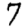
Digit: 7